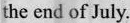
the end of July.